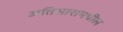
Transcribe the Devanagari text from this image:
अतिसारामधील